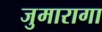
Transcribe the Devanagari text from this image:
जुमारागा